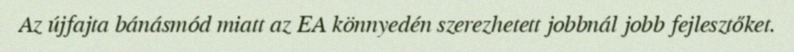
Az újfajta bánásmód miatt az EA könnyedén szerezhetett jobbnál jobb fejlesztőket.